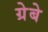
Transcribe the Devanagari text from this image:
ग्रेबे